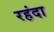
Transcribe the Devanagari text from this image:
रहंदा